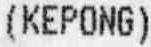
(KEPONG)